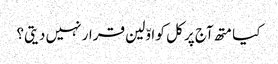
کیا متھ آج پر کل کو اوّلین قرار نہیں دیتی؟